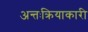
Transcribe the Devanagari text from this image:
अन्तःक्रियाकारी